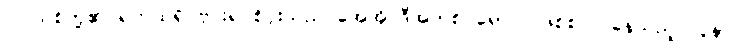
ပြင်သစ်တို့၏ ရက်ထရို ဗိုင်းရပ်စ်ပိုးသည် အေအိုင်ဒီအက်စ် ရောဂါ ဖြစ်စ ပြုနေသည့် လူနာ